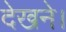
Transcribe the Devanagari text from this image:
देखने।